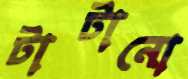
টাটানো